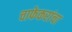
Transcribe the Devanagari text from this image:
चाफेकरांचा